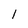
Character: l